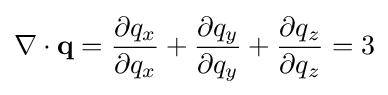
\nabla \cdot \mathbf {q} ={\frac {\partial q_{x}}{\partial q_{x}}}+{\frac {\partial q_{y}}{\partial q_{y}}}+{\frac {\partial q_{z}}{\partial q_{z}}}=3